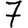
Digit: 7